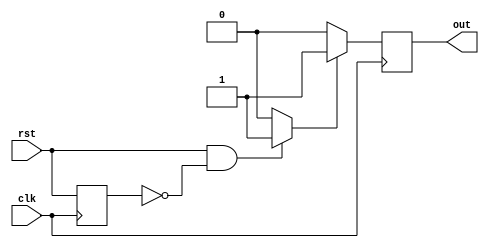
module button (
    input clk,  // clock
    input rst,  // reset
    output out
  );
  
  // This basically just debounces the button.
  reg activate = 1'b0;
  assign out = activate;
  
  reg oldRst, rstPressed;

  /* Combinational Logic */
  always @* begin
    if (rst&&!oldRst) begin
      rstPressed = 1;
    end else begin
      rstPressed = 0;
    end
  end
  
  /* Sequential Logic */
  always @(posedge clk) begin
    oldRst<=rst;
    if (rstPressed) begin
      activate = 1;
    end else begin
      activate = 0;
    end
  end
  
endmodule